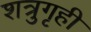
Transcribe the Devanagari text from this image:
शत्रुगृही